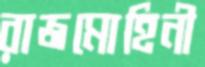
রাজমোহিনী